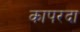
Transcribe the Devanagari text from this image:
कापरदा